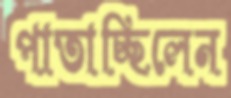
পাতাচ্ছিলেন